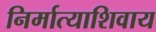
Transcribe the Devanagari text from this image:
निर्मात्याशिवाय